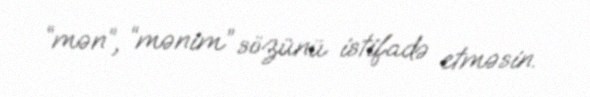
“mən”, “mənim” sözünü istifadə etməsin.